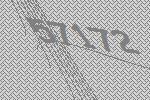
57172